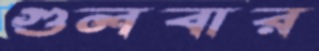
গুলবার